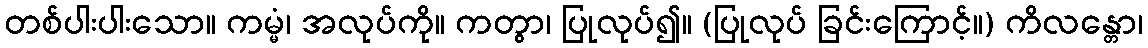
တစ်ပါးပါးသော။ ကမ္မံ၊ အလုပ်ကို။ ကတွာ၊ ပြုလုပ်၍။ (ပြုလုပ် ခြင်းကြောင့်။) ကိလန္တော၊